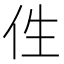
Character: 𠇷